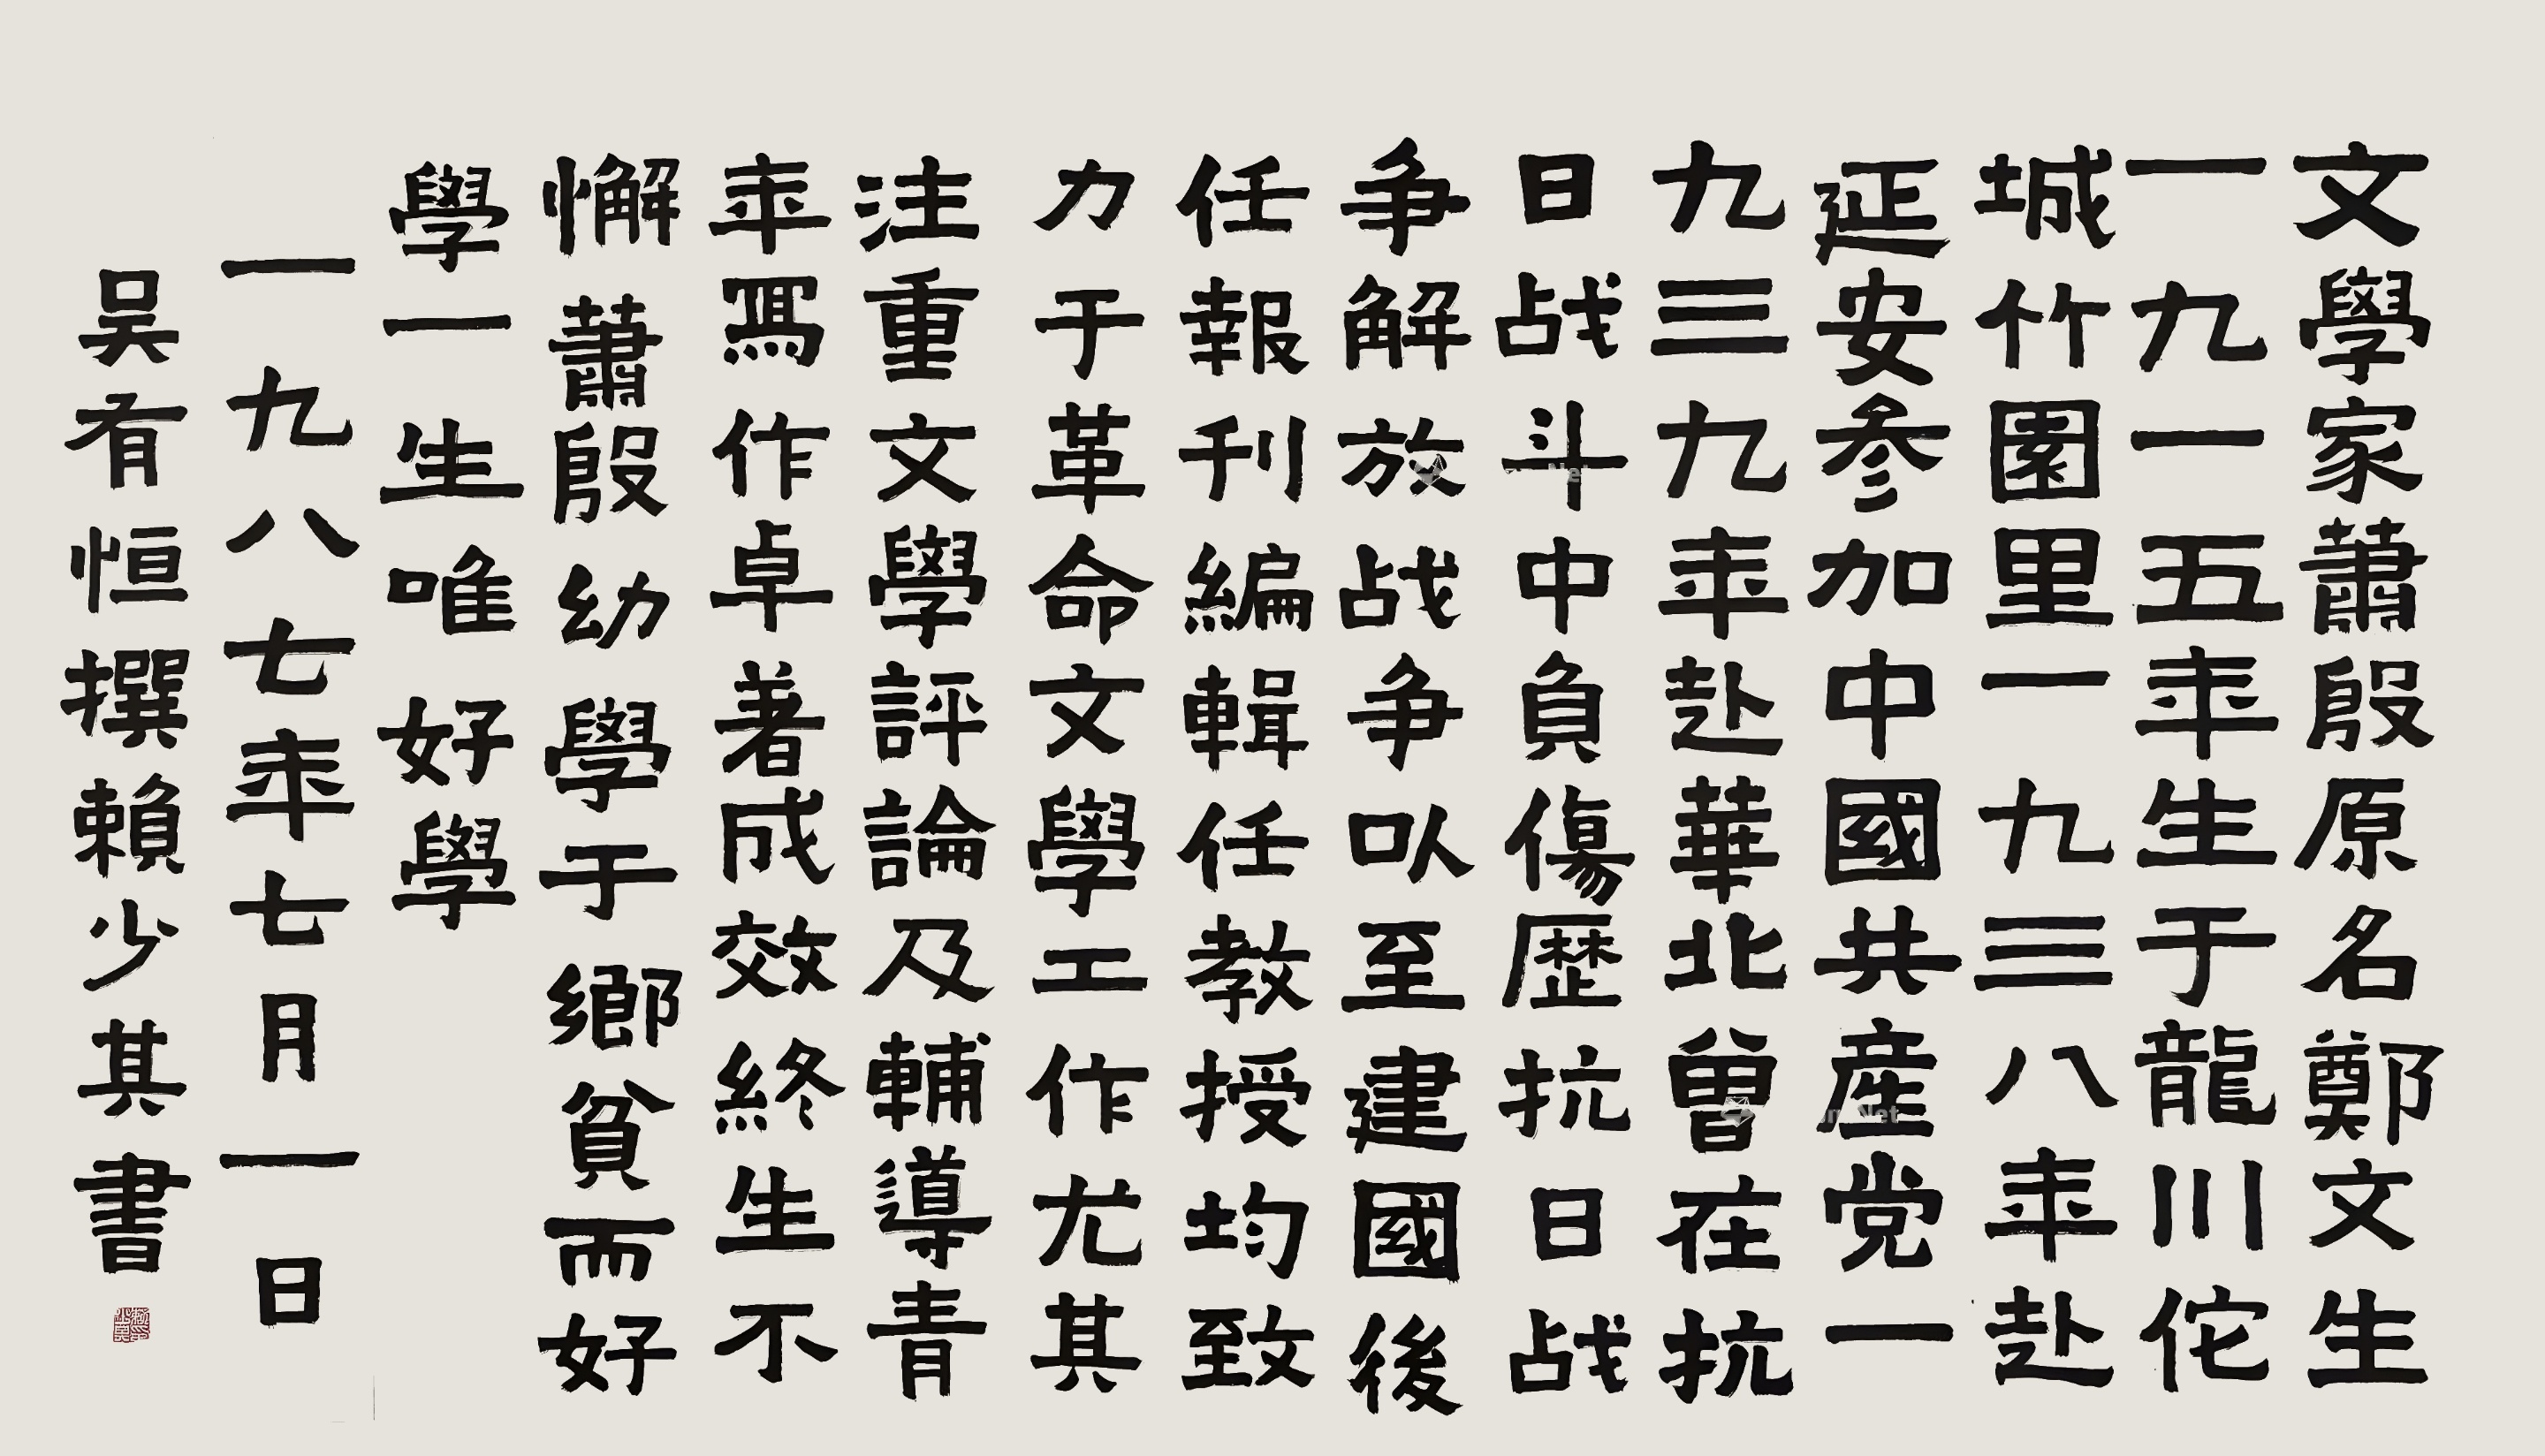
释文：文学家萧殷原名郑文生，一九一五年生于龙川佗城竹园里，一九三八年赴延安参加中国共产党，一九三九年赴华北，曾在抗日战斗中负伤。历抗日战争、解放战争，以至建国后任报刊编辑、任教授，均致力于革命文学工作，尤其注重文学评论及辅导青年写作，卓有成效，终生不懈。萧殷幼学于乡，贫而好学，一生唯好学。一九八七年七月一日，吴有恒撰，赖少其书。萧殷居。赖少其。